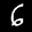
Label: 6